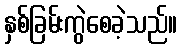
နှစ်ခြမ်းကွဲစေခဲ့သည်။